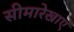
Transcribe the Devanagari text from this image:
सीमारेखाएं